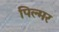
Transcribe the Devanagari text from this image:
पिल्मर